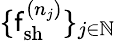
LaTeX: \{ \mathsf{f}_{\mathrm{{{sh}}}}^{(n_{j})}\} _{j\in\mathbb{{N}}}